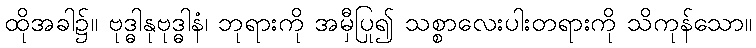
ထိုအခါ၌။ ဗုဒ္ဓါနုဗုဒ္ဓါနံ၊ ဘုရားကို အမှီပြု၍ သစ္စာလေးပါးတရားကို သိကုန်သော။